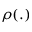
\rho ( . )